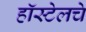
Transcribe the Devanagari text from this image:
हॉस्टेलचे